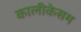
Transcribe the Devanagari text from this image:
कालीकेसम